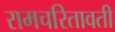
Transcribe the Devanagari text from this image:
रामचरितावती